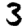
Digit: 3